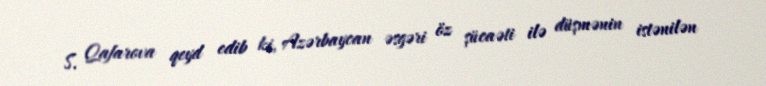
S. Qafarova qeyd edib ki, Azərbaycan əsgəri öz şücaəti ilə düşmənin istənilən